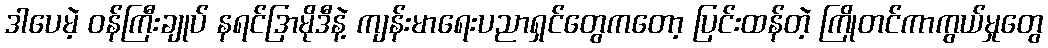
ဒါပေမဲ့ ဝန်ကြီးချုပ် နရင်ဒြာမိုဒီနဲ့ ကျန်းမာရေးပညာရှင်တွေကတော့ ပြင်းထန်တဲ့ ကြိုတင်ကာကွယ်မှုတွေ